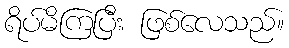
ရိပ်မိကြပြီး ဖြစ်လေသည်။